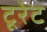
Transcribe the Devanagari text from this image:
टूरेट